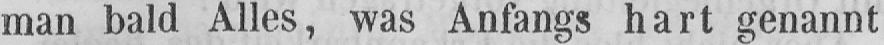
man bald Alles, was Anfangs hart genannt